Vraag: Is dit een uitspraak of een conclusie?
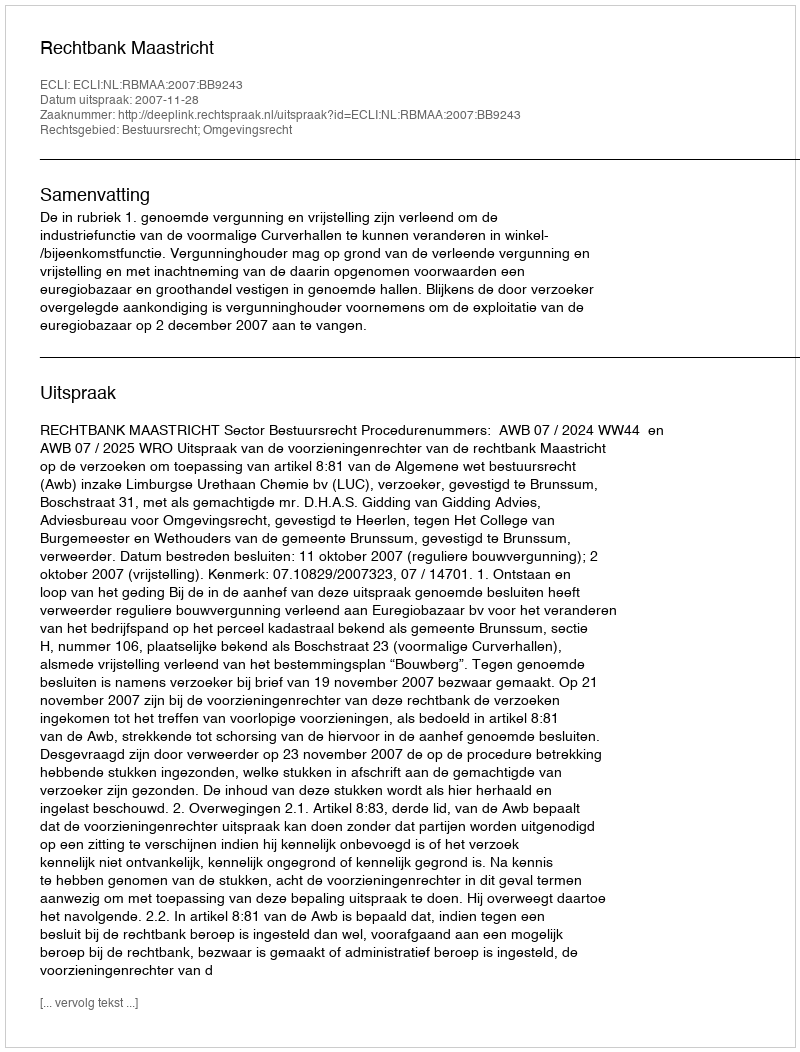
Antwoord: Uitspraak